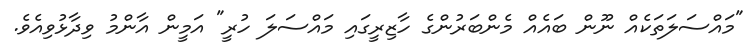
"މައްސަލަތަކެއް ނޫން ބައެއް މެންބަރުންގެ ހާޒިރީގައި މައްސަލަ ހުރީ" އަމީން އާންމު ވިދާޅުވިއެވެ.